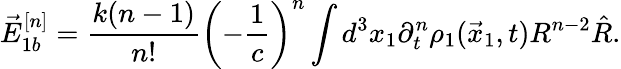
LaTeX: \vec{E}_{1b}^{[n]}=\frac{k(n-1)}{n!}\left(-\frac{1}{c}\right)^{n}\int d^{3}x_{1}\partial_{t}^{n}\rho_{1}(\vec{x}_{1},t)R^{n-2}\hat{R}.